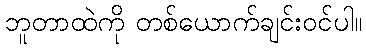
ဘူတာထဲကို တစ်ယောက်ချင်းဝင်ပါ။